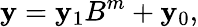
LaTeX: \mathbf{y}=\mathbf{y}_{1}B^{m}+\mathbf{y}_{0},